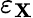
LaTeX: \varepsilon_{\mathbf{X}}